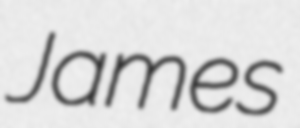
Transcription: James